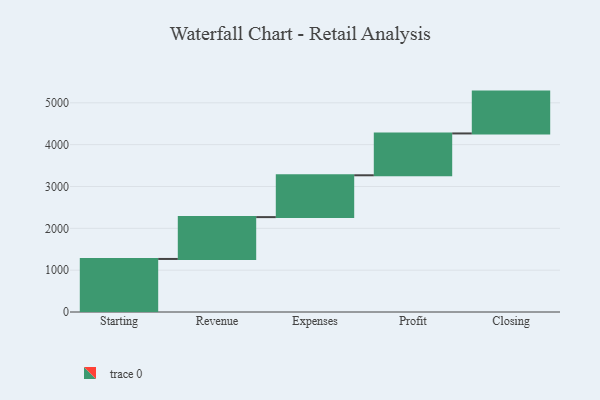
{"axis": {"x": "Step", "y": "Value"}, "legend": [""], "data": [{"x": "Starting", "y": 1268.0, "type": ""}, {"x": "Revenue", "y": 1000, "type": ""}, {"x": "Expenses", "y": 1000, "type": ""}, {"x": "Profit", "y": 1000, "type": ""}, {"x": "Closing", "y": 1000, "type": ""}]}